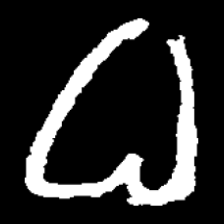
Pyu character \u2014 Myanmar letter: ဓ (romanized: dha)